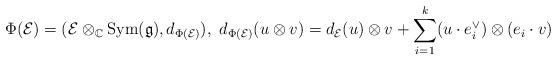
LaTeX: \begin{align*} \Phi(\mathcal{E})=(\mathcal{E}\otimes_{\mathbb{C}}\mathrm{Sym}(\mathfrak{g}), d_{\Phi(\mathcal{E})}), \ d_{\Phi(\mathcal{E})}(u\otimes v)=d_{\mathcal{E}}(u) \otimes v +\sum_{i=1}^k (u \cdot e_i^{\vee})\otimes (e_i \cdot v)\end{align*}